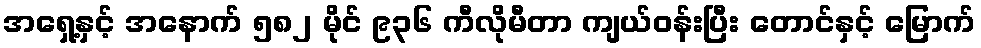
အရှေ့နှင့် အနောက် ၅၈၂ မိုင် ၉၃၆ ကီလိုမီတာ ကျယ်ဝန်းပြီး တောင်နှင့် မြောက်